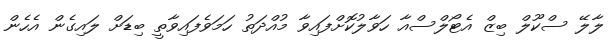
ލާލޭ ސްކޫލް ބިޒް އެޓޯލްސްއާ ހަވާލުކޮށްފައިވާ މުއްދަތު ހަމަވެފައިވާތީ ބިޑަށް ލައިގެން އެހެން